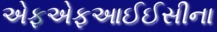
એફએફઆઈઈસીના